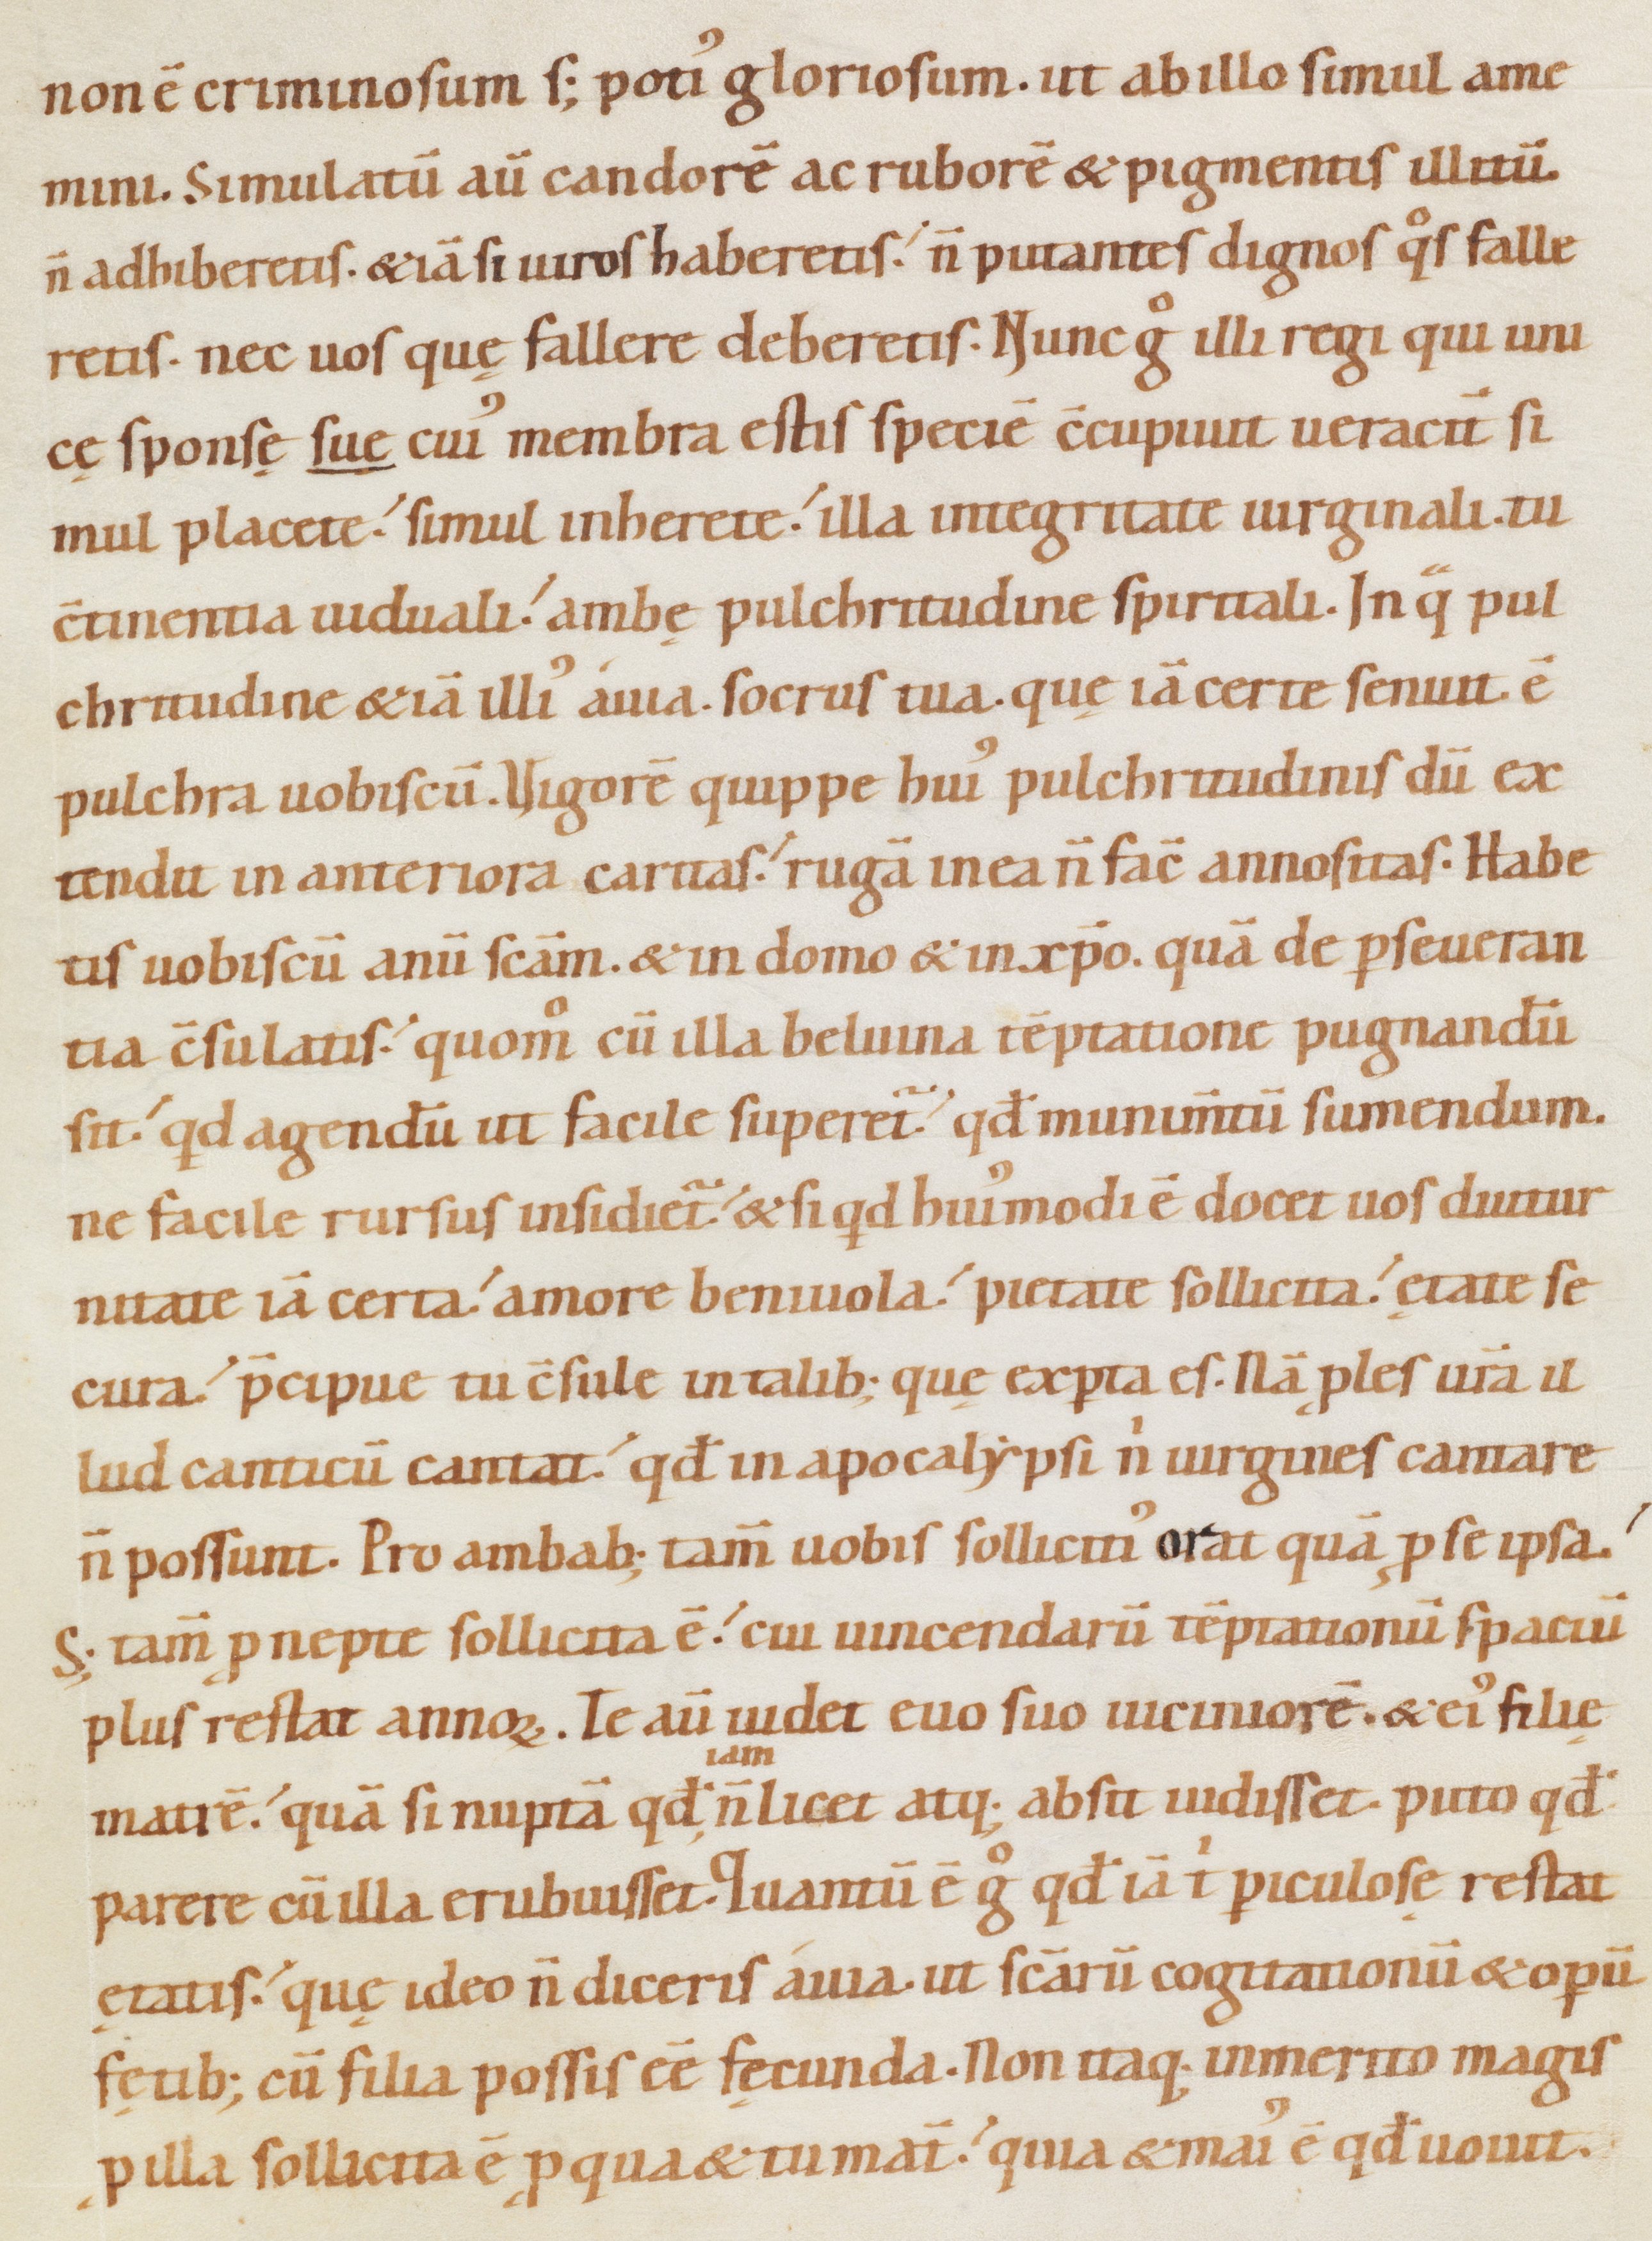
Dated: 1080–1096